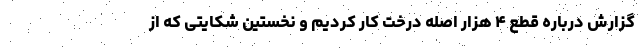
گزارش درباره قطع ۴ هزار اصله درخت کار کردیم و نخستین شکایتی که از